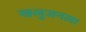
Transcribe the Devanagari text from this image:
खलुजनला